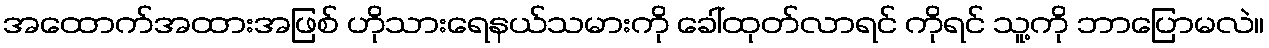
အထောက်အထားအဖြစ် ဟိုသားရေနယ်သမားကို ခေါ်ထုတ်လာရင် ကိုရင် သူ့ကို ဘာပြောမလဲ။